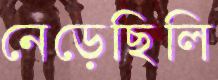
নেড়েছিলি